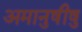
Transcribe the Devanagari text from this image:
अमानुषीषु